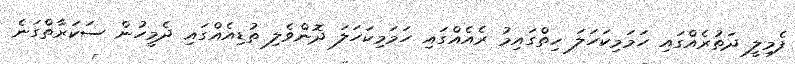
ފެމިލީ ދަތުރެއްގައި ހަމަމިކަހަލަ ހިތްގައިމު ރެއެއްގައި ހަމަމިކަހަލަ ދޮންވެލި ތުޑިއެއްގައި ދެމީހުން ސަކަރާތްގަނެ